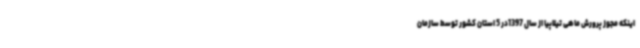
اینکه مجوز پرورش ماهی تیلاپیا از سال 1397در 5 استان کشور توسط سازمان